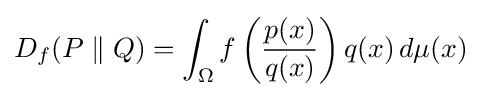
D_{f}(P\parallel Q)=\int _{\Omega }f\left({\frac {p(x)}{q(x)}}\right)q(x)\,d\mu (x)